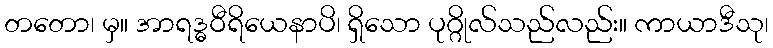
တတော၊ မှ။ အာရဒ္ဓဝီရိယေနာပိ၊ ရှိသော ပုဂ္ဂိုလ်သည်လည်း။ ကာယာဒီသု၊